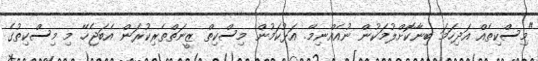
"މިސްކިތެއް އަދިހަމަ ބިނާކޮށްލުމަކުން ނުއެއްނިމޭ. އަޅުކަމުން މިސްކިތް ޒީނަތްތެރިކުރަން އެބަޖެހޭ. މި މިސްކިތުގެ